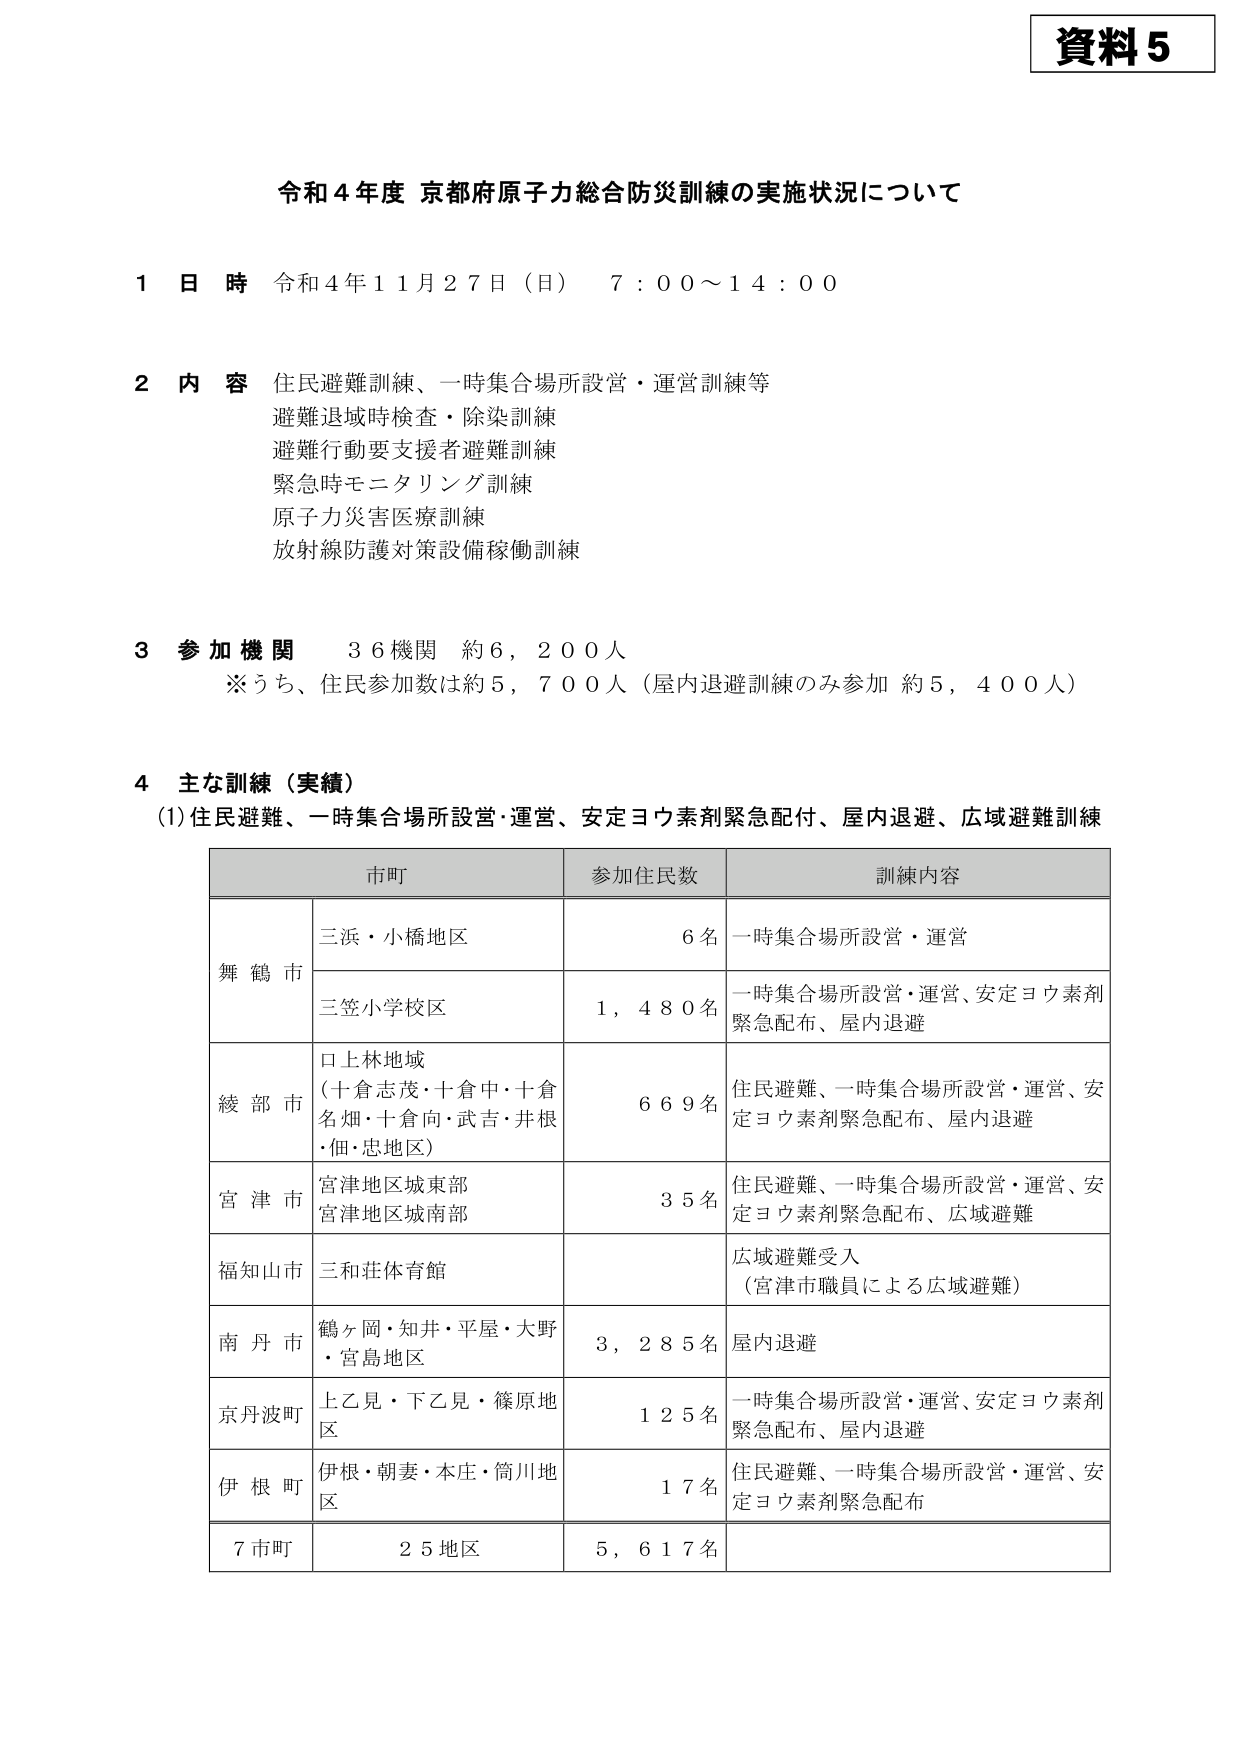
資料5

令和4年度 京都府原子力総合防災訓練の実施状況について

1 日 時 令和4年11月27日（日） 7：00～14：00

2 内 容 住民避難訓練、一時集合場所設営・運営訓練等
避難退域時検査・除染訓練
避難行動要支援者避難訓練
緊急時モニタリング訓練
原子力災害医療訓練
放射線防護対策設備稼働訓練

3 参加機関 36機関 約6,200人
※うち、住民参加数は約5,700人（屋内退避訓練のみ参加 約5,400人）

4 主な訓練（実績）
(1)住民避難、一時集合場所設営・運営、安定ヨウ素剤緊急配付、屋内退避、広域避難訓練

市町 参加住民数 訓練内容
舞鶴市 三浜・小橋地区 6名 一時集合場所設営・運営
三笠小学校区 1,480名 一時集合場所設営・運営、安定ヨウ素剤緊急配布、屋内退避
綾部市 口上林地域 （十倉志茂・十倉中・十倉名畑・十倉向・武吉・井根・佃・忠地区） 669名 住民避難、一時集合場所設営・運営、安定ヨウ素剤緊急配布、屋内退避
宮津市 宮津地域東部 宮津地域南部 35名 住民避難、一時集合場所設営・運営、安定ヨウ素剤緊急配布、広域避難
福知山市 三和荘体育館 広域避難受入 （宮津市職員による広域避難）
南丹市 鶴ヶ岡・知井・平屋・大野・宮島地区 3,285名 屋内退避
京丹波町 上乙見・下乙見・篠原地区 125名 一時集合場所設営・運営、安定ヨウ素剤緊急配布、屋内退避
伊根町 伊根・胡麦・本庄・筒川地区 17名 住民避難、一時集合場所設営・運営、安定ヨウ素剤緊急配布
7市町 25地区 5,617名